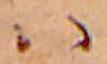
ハ